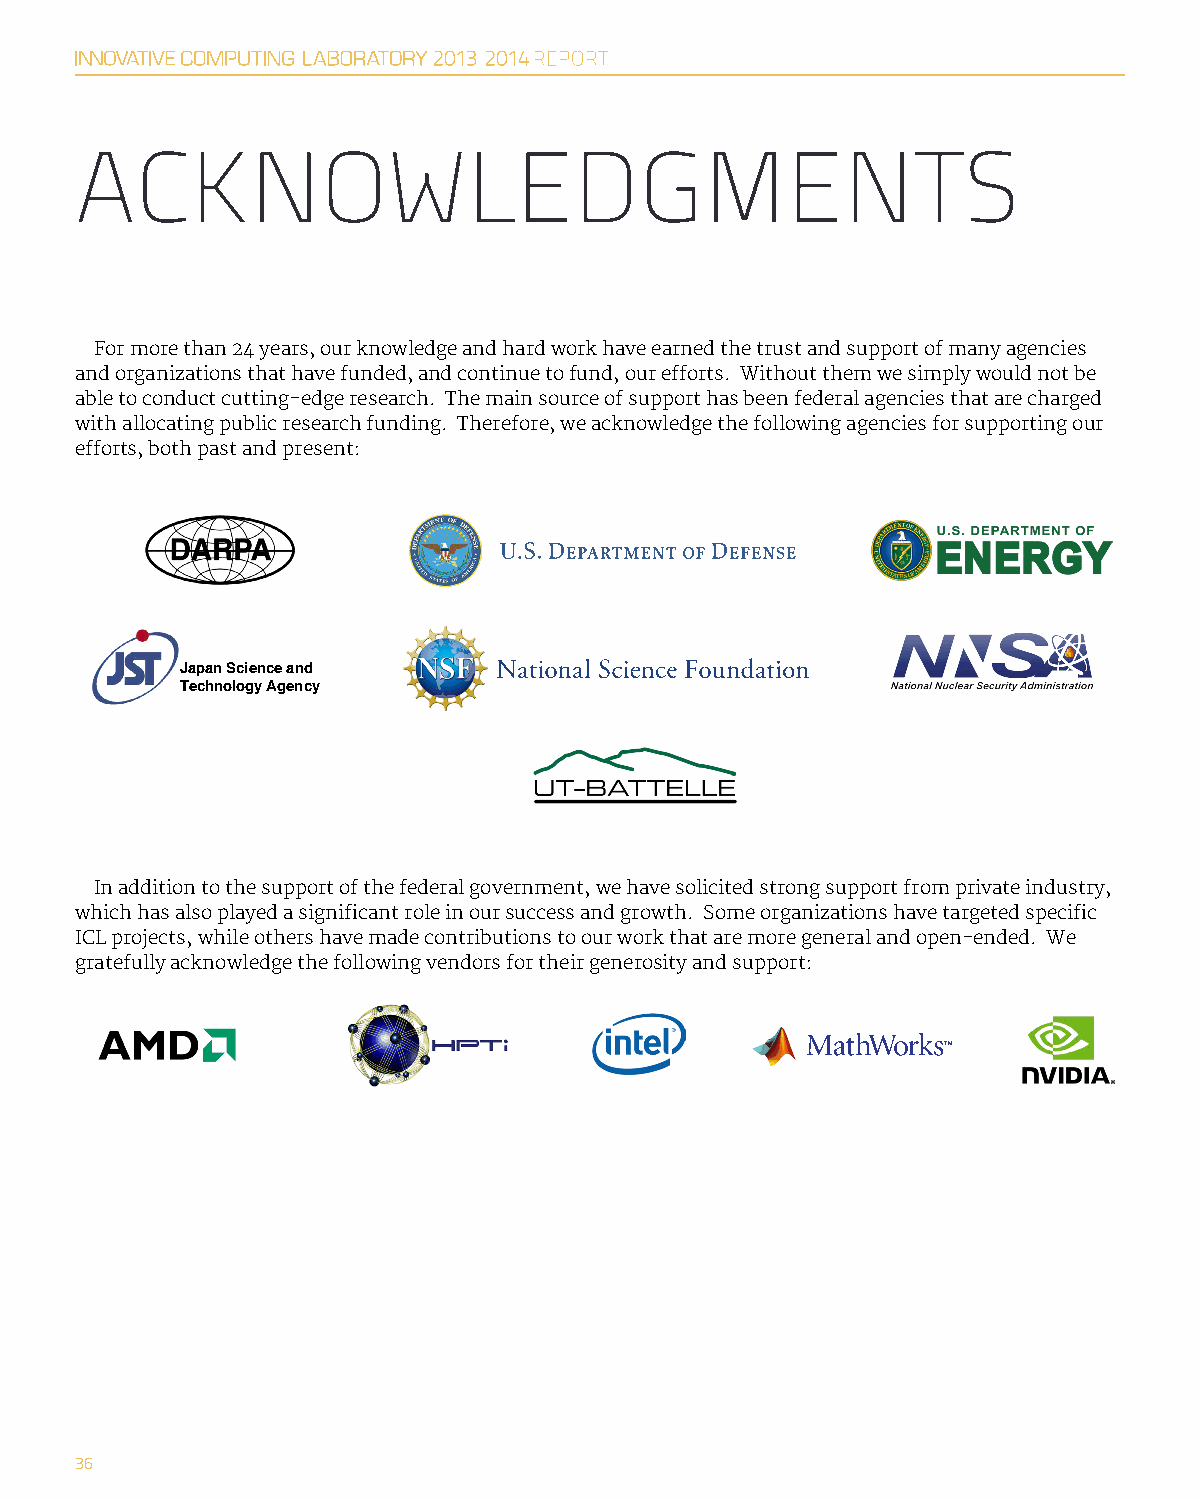
ACKNOWLEDGMENTS
 For more than 24 years, our knowledge and hard work have earned the trust and support of many agencies
 and organizations that have funded, and continue to fund, our efforts. Without them we simply would not be
 able to conduct cutting-edge research. The main source of support has been federal agencies that are charged
 with allocating public research funding. Therefore, we acknowledge the following agencies for supporting our
 efforts, both past and present:
 Japan Science and
 Technology Agency
 In addition to the support of the federal government, we have solicited strong support from private industry,
 which has also played a significant role in our success and growth. Some organizations have targeted specific
 ICL projects, while others have made contributions to our work that are more general and open-ended. We
 gratefully acknowledge the following vendors for their generosity and support:
 36